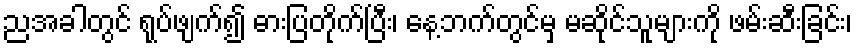
ညအခါတွင် ရုပ်ဖျက်၍ ဓားပြတိုက်ပြီး၊ နေ့ဘက်တွင်မှ မဆိုင်သူများကို ဖမ်းဆီးခြင်း၊